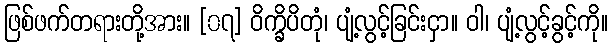
ဖြစ်ဖက်တရားတို့အား။ [၀၇] ဝိက္ခိပိတုံ၊ ပျံ့လွင့်ခြင်းငှာ။ ဝါ၊ ပျံ့လွင့်ခွင့်ကို။